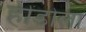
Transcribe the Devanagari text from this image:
हींडोला